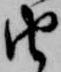
由